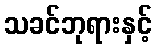
သခင်ဘုရားနှင့်